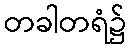
တခါတရံ၌